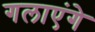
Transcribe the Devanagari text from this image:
गलाएंगे